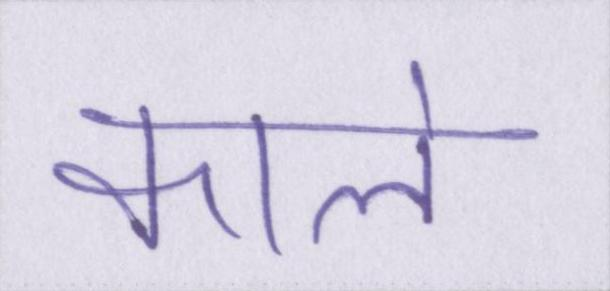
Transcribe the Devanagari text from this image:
काले